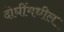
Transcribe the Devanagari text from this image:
दोघींमधील